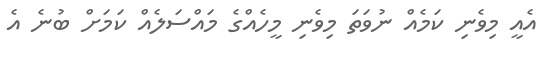
އެއީ މިވެނި ކަމެއް ނުވަތަ މިވެނި މީހެއްގެ މައްސަލެއް ކަމަށް ބުނެ އެ